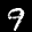
Label: 9